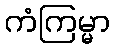
ကံကြမ္မာ